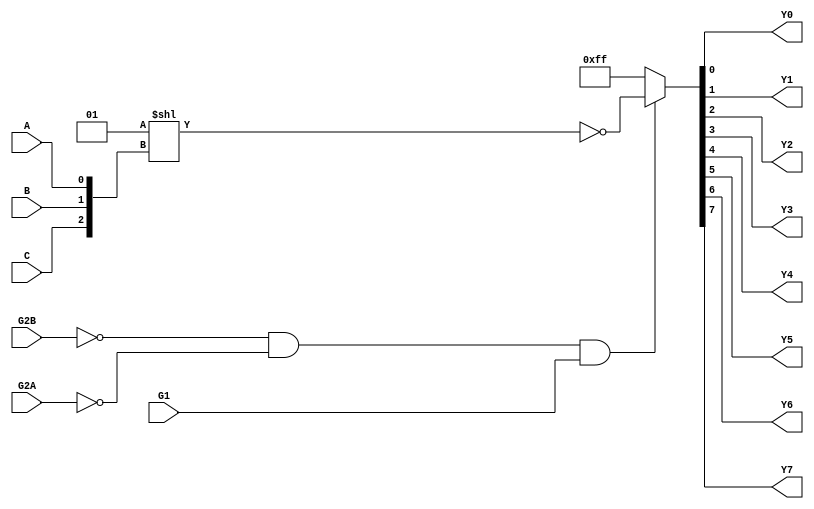

module x74138(
  input G2B,
  input G2A,
  input G1,
  input A,
  input B,
  input C,
  output reg Y0,
  output reg Y1,
  output reg Y2,
  output reg Y3,
  output reg Y4,
  output reg Y5,
  output reg Y6,
  output reg Y7
);

always @*
  if (~G2B & ~G2A & G1) { Y7, Y6, Y5, Y4, Y3, Y2, Y1, Y0 }  = ~(1<<{ C, B, A });
  else { Y7, Y6, Y5, Y4, Y3, Y2, Y1, Y0 } = 8'b11111111;

endmodule